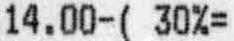
14.00-( 30%=